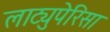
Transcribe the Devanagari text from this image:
लाट्युपेरिसा